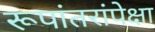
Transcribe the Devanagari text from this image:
रूपांतरांपेक्षा